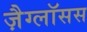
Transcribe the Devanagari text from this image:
ज़ैग्लॉसस